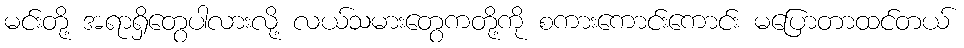
မင်းတို့ အရာရှိတွေပါလားလို့ လယ်သမားတွေကတို့ကို စကားကောင်းကောင်း မပြောတာထင်တယ်